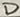
Text: D